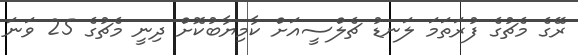
ރޭގެ މެޗުގެ ފުރަތަމަ ލަނޑު ޗެލްސީއަށް ކާމިޔާބުކޮށް ދިނީ މެޗުގެ 25 ވަނަ